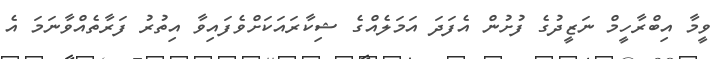
ވީމާ އިބްރާހީމް ނަޒީދުގެ ފުށުން އެފަދަ އަމަލެއްގެ ޝިކާރައަކަށްވެފައިވާ އިތުރު ފަރާތެއްވާނަމަ އެ